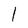
Character: l